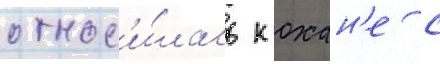
относ'и́лась к охан'е с